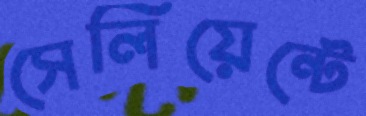
সেলিয়েন্টে